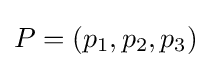
P=(p_{1},p_{2},p_{3})